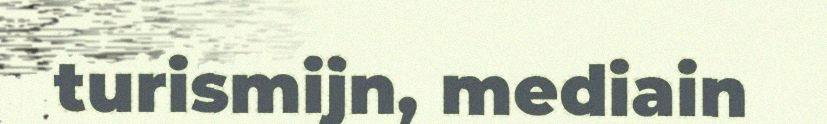
turismijn, mediain